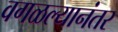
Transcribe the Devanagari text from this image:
वगळल्यानंतर